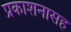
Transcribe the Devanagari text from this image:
प्रकाशनासह